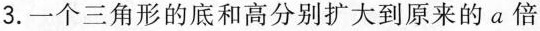
3.一个三角形的底和高分别扩大到原来的a倍